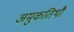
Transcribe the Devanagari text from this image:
अमुकतिथौ